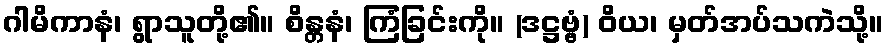
ဂါမိကာနံ၊ ရွာသူတို့၏။ စိန္တနံ၊ ကြံခြင်းကို။ (ဒဋ္ဌဗ္ဗံ) ဝိယ၊ မှတ်အပ်သကဲသို့။